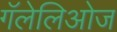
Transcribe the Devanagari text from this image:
गॅलेलिओज